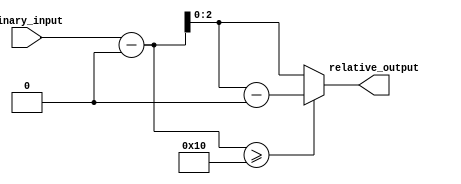
module RelativeEncoder #(
    parameter N = 4, // Number of bits for input
    parameter M = 3  // Number of bits for output (relative position)
)(
    input  [N-1:0] binary_input, // N-bit binary input representing the current position
    output [M-1:0] relative_output // M-bit relative output
);

    // Define the reference point (hardcoded for this example)
    localparam [N-1:0] REF_POINT = 4'b0000; // Example reference point (0)

    // Calculate the relative position
    wire [N:0] relative_position; // N+1 bits to handle potential overflow
    assign relative_position = binary_input - REF_POINT;

    // Handle wrap-around condition
    wire [N-1:0] wrapped_position;
    assign wrapped_position = (relative_position >= (1 << N)) ? 
                              (relative_position - (1 << N)) : 
                              relative_position[N-1:0];

    // Output encoding (taking only the least significant M bits)
    assign relative_output = wrapped_position[M-1:0];

endmodule